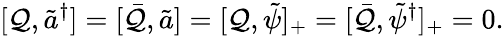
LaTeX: [\mathcal{Q},\tilde{{a}}^{\dagger}]=[\bar{{\mathcal{Q}}},\tilde{{a}}]=[\mathcal{Q},\tilde{{\psi}}]_{+}=[\bar{{\mathcal{Q}}},\tilde{{\psi}}^{\dagger}]_{+}=0.